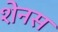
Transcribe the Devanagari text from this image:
शेनस